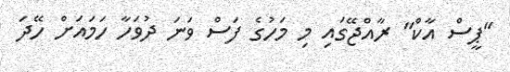
"ޕީސް އާކް" ރާއްޖޭގައި މި މަހުގެ ފަސް ވަނަ ދުވަހާ ހަމައަށް ހޭދަ